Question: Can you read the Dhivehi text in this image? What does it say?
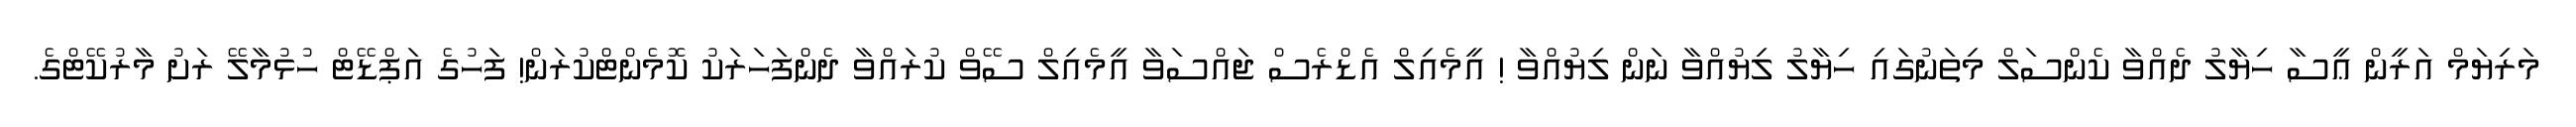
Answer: މަރިޔަމް އަރީން ޢީސާ ހިޔާލު ދެއްވާ ކެންސަލް މިތަނުގައި ހިޔާލު ލިޔުއްވާ ނަން ލިޔުއްވާ ! އީމެއިލް އެޑްރެސް ޖައްސަވާ އީމެއިލް ސޭވް ކުރައްވާ ދެންފަހަރަކު ކޮމެންޓްކުރަން! ފަހުގެ އަޕްޑޭޓް ހުޅުމާލޭ ރަށު މާރުކޭޓްގެ.